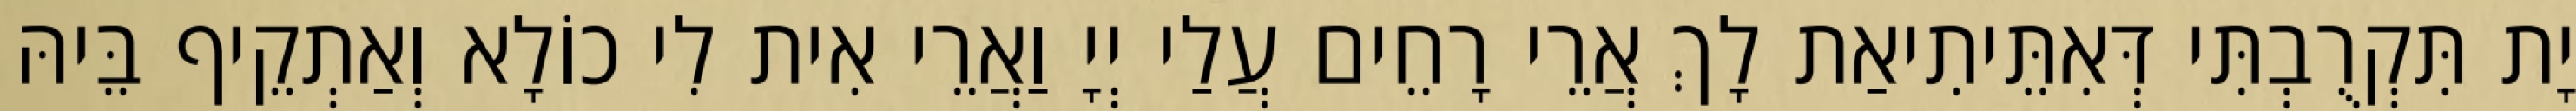
יָת תִּקְרֻבְתִּי דְּאִתֵּיתִיאַת לָךְ אֲרֵי רָחֵים עֲלַי יְיָ וַאֲרֵי אִית לִי כוֹלָא וְאַתְקֵיף בֵּיהּ